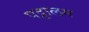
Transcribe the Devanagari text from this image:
पट्टालम